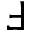
\Finv